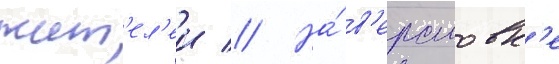
жит'ел'еи // На́ в'ерстовк'е